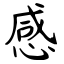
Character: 感